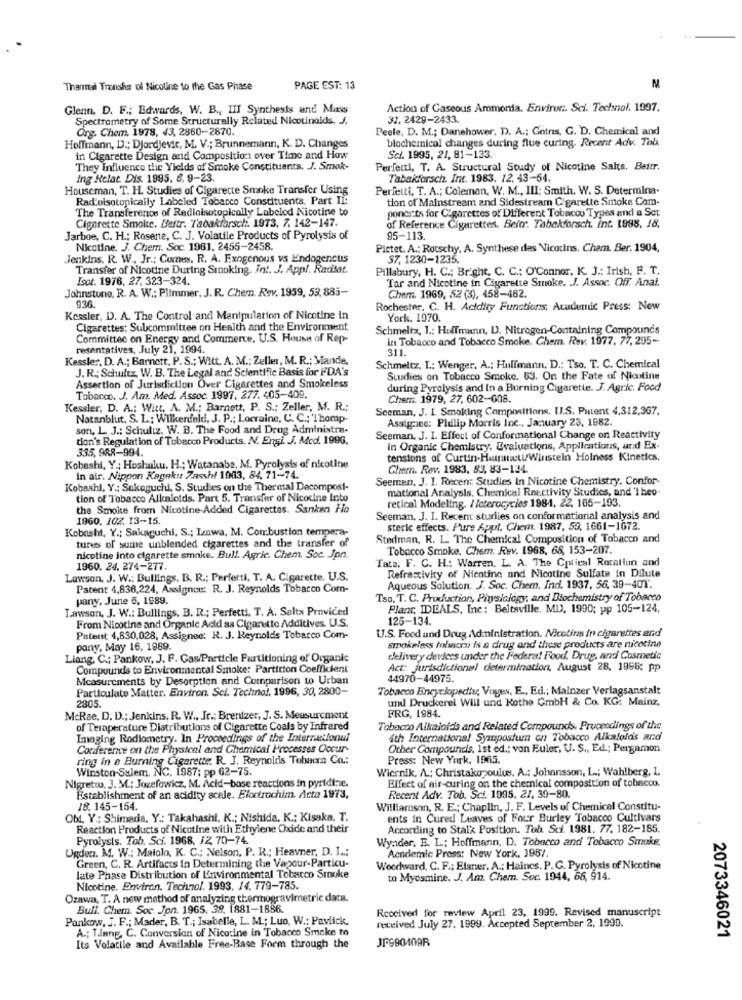
Thanmal Trauishar of Nicotine to the Gas Phase
PAGE EST: 13
M
Glenn, D. F .; Edwards, W. B ., III Synthesis and Mass
Action of Gaseous Ammonia. Environ :. Sci. Technol. 1997.
Spectrometry of Some Structurally Related Nicotinoids. J.
31, 2429-2433.
Org. Chem. 1978, 43, 2860-2870.
Peele, D. M .; Danshower, D. A .; Gotns, G. D. Chemical and
biochemical changes during flue curing. Recent Adv. Tob.
Hoffmann, D .: Djordjevic, M. V .; Brunnemann, K. D. Changes
in Cigarette Design and Composition over Time and How
Sci. 1995, 21, 81-133.
They Influence the Yields of Smoke Constituents. J. Smok-
Perfecti, T. A. Structural Study of Nicotine Salts. Beitr.
ing Relat. Dis. 1995. 6. 9-23.
Tabakforsch. Int. 1983. 12, 43-64.
Houseman, T. HL. Studies of Cigarette Smoke Transfer Using
Perfetti, T. A .; Coleman, W. M ., III: Smith. W. S. Determina.
Rad oisotonically Labeled Tobacco Constituents. Part Ii:
tion of Mainstream and Sidestream Cigarette Smoke Com-
The Transference of Redinisotopicolly Lobelod Nicotine to
ponerts for Cigarettes of Different Tobacco Types and a Set
Cigarette Smoke. Beitr. Tabakforsch :. 1973, 7. 142-147.
of Reference Cigarettes. Beitr. Tabakforsch. Int. 1998. 18.
Jarboe, C. H .; Rosene, C. J. Volatile Products of Pyrolysis of
95-113.
Nicotine. J. Chem. Soc. 1961. 2455-2458.
Pictet. A .: Rotschy, A. Synthese das Nicotins. Chem. Ber. 1904,
.Jenkins. R. W ., Jr .; Comnews, R. A. Exogenous vs Endogencus
57, 1230-1235.
Transfer of Nicotine During Sinoking. Int. J. Appl. Radilat.
Pillsbury, H. C .; Bright, C. C .; O'Connor, K. J .: Irish, F. T.
Isot. 1976, 27. 323-324.
Tar and Nicotine in Cigarette Smoke. J. Assoc. Off. Anal.
Johnstone, R. A. W .; Plimmer. J. R. Chem. Rev. 1959, 53, 885-
936.
Chem. 1969, 52 (3), 458-462.
Rochester, C. H. Acidity Functions, Academic Press: New
Kessler, D. A. The Control and Manipulation of Nicotine In
York. 1970.
Cigarettes: Subcommittee on Health and the Environment
Schmeltz, 1 .; Hoffmann, D. Nitrogen-Containing Compounds
Committee on Energy and Commerce, U.S. House of Rep-
in Tobacco and Tobacco Smoke. Chem. Rev. 1977. 77, 295-
resentatives, July 21, 1994.
311.
Kessler, D. A .; Barnett, P. S .; Witt, A. M .: Zeller, M. R .: Mande,
J. R .; Schultz, W. B. The Legal and Scientific Basis for FDA's
Schmeltz, L: Wenger, A .; Holfmann, D .: Tso. T. C. Chemical
Studies on Tobacco Smoke. 63. On the Fate of Nicotine
Assertion of Jurisdiction Over Cigarettes and Smokeless
during Pyrolysis and In a Burning Cigarette. J. Agric. Food
Tobacco. J. Am. Med. Assoc. 1997, 277. 405-409.
Chemr. 1979, 27, 602-608.
Kessler, D. A .; Witt, A. M .; Barnett, P. S .; Zeller, M. R .;
Seeman, J. I. Smoking Compositions. IJ.S. Patent 4,312,367,
Natanblut. S. L .: Wilkenfeld, J. P .; Lorraine, C. C .; 'Thomp-
Assignee: Plelip Morris Inc ., January 23, 1982.
son. L. J .: Schultz, W. B. The Food and Drug Administra-
tion's Regulation of Tobacco Products. N. Engl. J. Med. 1996.
Seeman. J. I. Effect of Conformational Change on Reactivity
335, 988-994.
in Organic Chemistry, Evaluations, Applications, and Ex-
tensions of Curtin-HunnitUWinstein Holness Kinetics,
Kobashi, Y; Hoshuku. H .; Watanabe, M. Pyrolysis of nicotine
Chem. Rev. 1983, 83, 83-124
in air. Nippon Kagakus Zassh/ 1903, 84, 71-74.
Seemen. J. I. Recent Studies in Nicotine Chemistry. Confor
Kobashl, Y .; Sakaguchi, S. Studies on the Thermal Dacompost-
mational Analysis, Chemical Reactivity Studies, and 'I heo-
tion of Tobacco Alkaloids. Part 5. Transfer of Nicotine Into
retical Modeling. / Icterocycies 1981, 22. 165-193.
the Smoke from Nicotine-Added Cigarettes. Sanken Ho
1960. 102. 13-15
Seeman, J. I. Recent sturlies on conformational analysis and
Kobasht, Y .; Sakaguchi, S .; Izawa, M. Combustion tempera-
steric effects. Pure Appl. Chem. 1987, 59, 1661-1672.
tures of sume unblended cigarettes and the transfer of
Stedman, R. L. The Chemical Compusition of Tobacco and
Tobacco Smoke, Chem. Rev. 1968, 68, 153-207.
nicotine into cigarette smoke. Bull. Agric. Chem. Soc. Jpn.
Tata, F. C. H .: Warren, L. A. The Cplical Rotoliun and
1960, 24, 274-277.
Refractivity of Nicotine and Nicotine Sulfate in Dilute
Lawson, J. W .; Bullings, B. R .; Perfetti, T. A. Cigarette. U.S.
Patent 4,836,224, Assignee: R. J. Reynolds Tobacco Com-
Aqueous Solution. J. Soc. Chem. Inci. 1937, 56, 39-40T.
pany, June 5, 1989.
Tso. T. C. Production, Physiology, and Biochemistry of Tobacco
Lawson, J. W .: Bullings. B. R .; Perfetti, T. A. Solts Provided
Plant, IDEALS, Inc: Beltsville, MD), 1990; yp 105-124,
From Nicotine and Organic Acid as Cigarette Additives. U.S.
125-134.
U.S. Food and Drug Administration. Nicotine In cigarettes and
Patent 4,830,028, Assignee: R. J. Reynolds Tobacco Com-
pany, May 16, 1989.
smokeless toluicou is a drug and those products are nicotine
Liang, C .; Pankow, J. F. Gas/Particle Partitioning of Organic
delivery devices under the Federal Food. Drug, and Cosmetic
Compounds to Environmental Smoke: Partition Coefficient
Act: jurisdictional determination, August 28, 1966: pp
Measurements by Desorption and Comparison to Urban
44970-44975.
Particulate Matter. Environ. Sci. Technol, 1996, 30, 2800-
Tobacco Encyclopedia Vuyes, E ., Ed .; Mainzer Verlagsanstalt
und Druckerel Will und Kothe Gmbh & Co. KG: Mainz,
2805.
McRae, D. D .; Jenkins. R. W .. Jr .: Brentzer, J. S. Measurement
FRG, 1984.
of Teraperature Distributions of Cigarette Coals by Infrared
Tobacco Alkaloids and Related Compounds, Proceedings of the
Imaging Rodlometry. In Proceedings of the Internutlonul
4th International Symposium on Tobacco Alkafolds and
Conference on the Physical and Chemical Processes Occur-
Other Compounds, Ist ed .; von Euler, U. S ., Ed .; Pergamon
ring in e Burning Cigarette. R. J. Reynolds Tubecn Cn .:
Press: New York, 1965.
Winston-Salem, NC. 1987; pp 62-75.
Wiernik, A .; Christakopoulus. A .: Johansson, L .; Wahlberg, 1.
Effect of air-curing on the chemical composition of tobacco.
Nigretto, J. M .; Jozefowicz, M. Acid-base reactions in pyridine.
Establishment of an acidity acele. Eloctrochim. Acta 1973,
Recent Adv. Tob. Scf. 1995. 27, 39-80.
18. 145-154.
Williamson, R. E .; Chaplin, J. F. Levels of Chemical Constitu-
Obl. Y .; Shimada. Y .: Takahashi, K .; Nishida, K .; Kisaka. T.
ents in Cured Leaves of Four Burley Tobacco Cultivars
Reaction Products of Nicotine with Ethylene Oxide and their
According to Stalk Position. Tob. Sci. 1981. 77. 182-185.
Pyrolysis. Tab. Sci. 1968, 12 70-74.
Wyader, E. L .; Hoffmann, D. Tobacco and Tobacco Smuke,
Ogden. M. W .; Malolo, K. C .; Nelson, P. R .; Heavner, D. I .:
Academic Press: New York, 1987
Green, C. R. Artifacts in Determining the Vapour-Particu-
Woodward, C. F .; Elaner. A .; Haines. P. G. Pyrolysis of Nicotine
late Phase Distribution of Environmental Tobacco Smoke
to Myosmine. J. Am. Chem. Soc. 1944, 66, 914.
Nicotine. Environ. Technol. 1993, 14, 779-785.
Ozawa, T. A new method of analyzing thermogravimetric data.
Bull. Chem. Soc. Jpn. 1965. 38. 1881-1886.
Received for review April 23, 1999. Revised manuscript
Pankow, J. F .; Mader, B. T .; Isabelle, L. M .; Luo, W .: Pavlick.
received July 27. 1999. Accepted September 2, 1990.
A .; T.inng. C. Conversion of Nicotine in Tobacco Smoke to
JP990409R
2073346021
Its Volatile and Available Free-Base Form through the